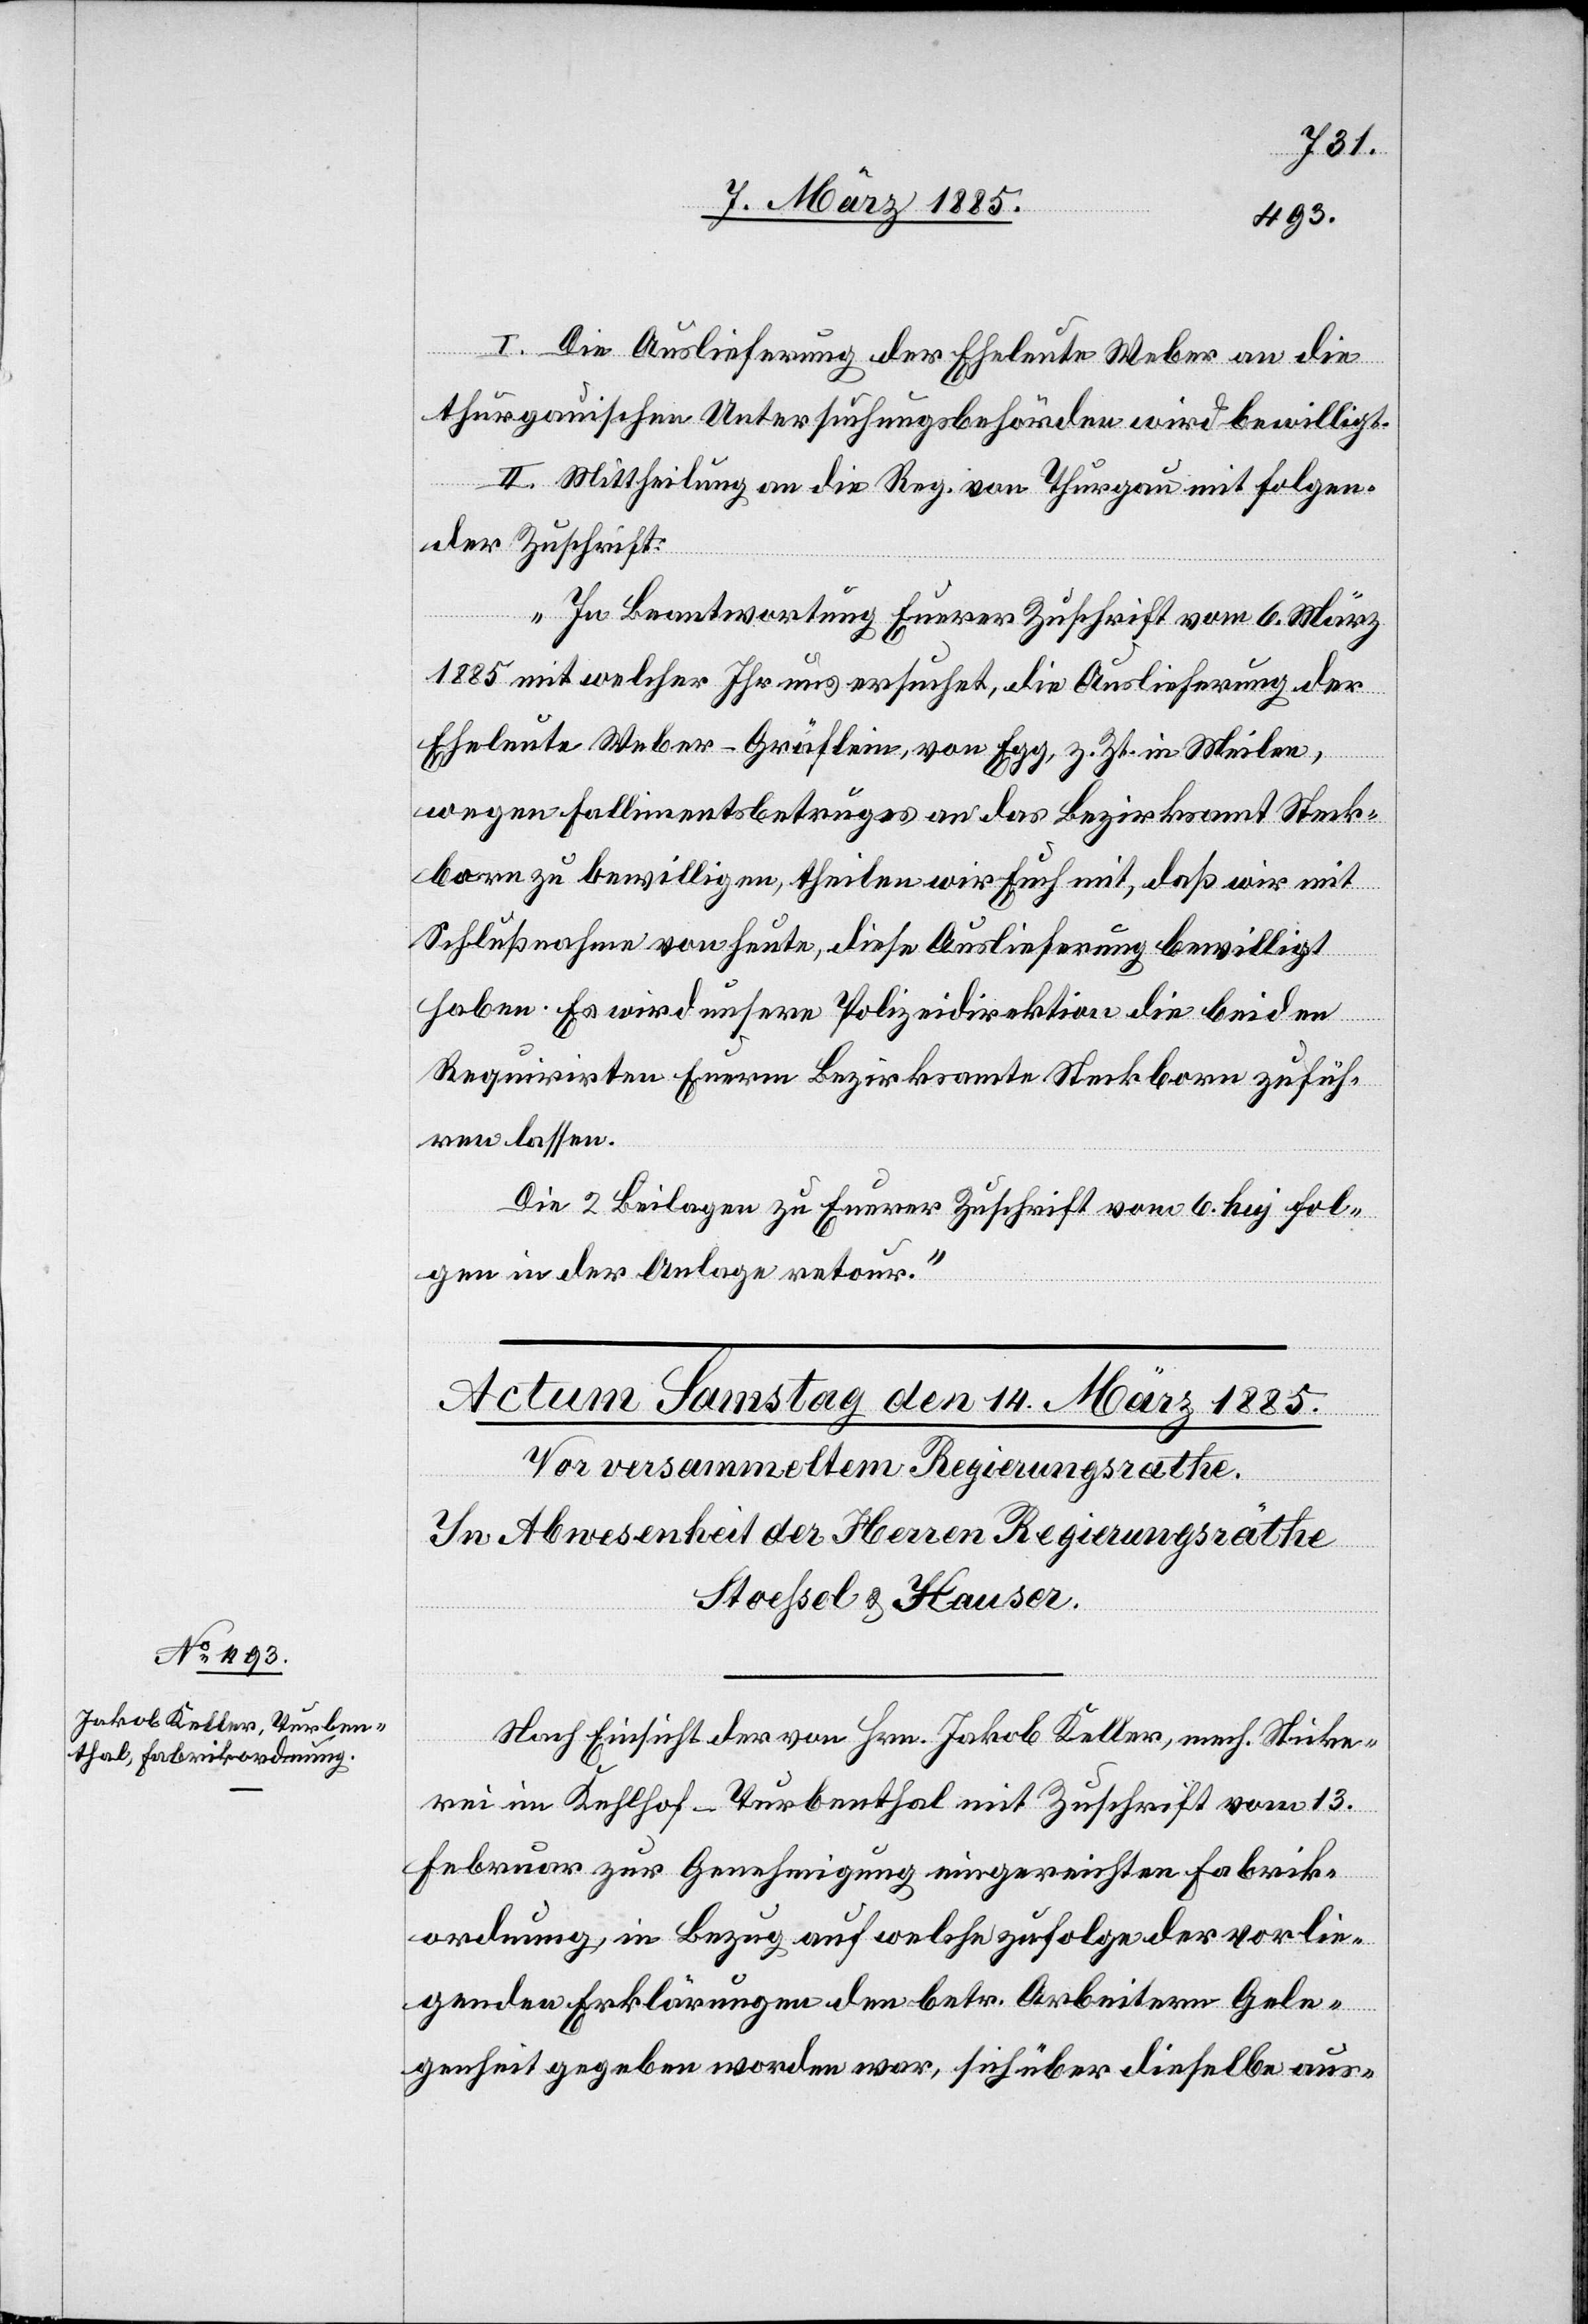
I. Die Auslieferung der Eheleute Weber an die
thurgauischen Untersuchungsbehörden wird bewilligt.
II. Mittheilung an die Reg. von Thurgau mit folgen¬
den Zuschrift:
„In Beantwortung Eurer Zuschrift vom 6. März
1885 mit welcher Ihr uns ersuchet, die Auslieferung der
Eheleute Weber-Gräflein, von Elgg, z. Zt. in Meilen,
wegen Fallimentsbetruges an das Bezirksamt Steck¬
born zu bewilligen, theilen wir Euch mit, daß wir mit
Schlußnahme von heute, diese Auslieferung bewilligt
haben. Es wird unsere Polizeidirektion die beiden
Requirirten Euerm Bezirksamte Steckborn zufüh¬
ren lassen.
Die 2 Beilagen zu Eurer Zuschrift vom 6. huj fol¬
gen in der Anlage retour.“
Nach Einsicht der von Hrn. Jakob Keller, mech. Sticke¬
rei im Kehlhof - Turbenthal mit Zuschrift vom 13.
Februar zur Genehmigung eingereichten Fabrik¬
ordnung, in Bezug auf welche zufolge der vorlie¬
genden Erklärungen den betr. Arbeitern Gele¬
genheit gegeben worden war, sich über dieselbe aus-